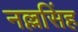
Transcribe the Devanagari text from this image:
नल्लसिंह